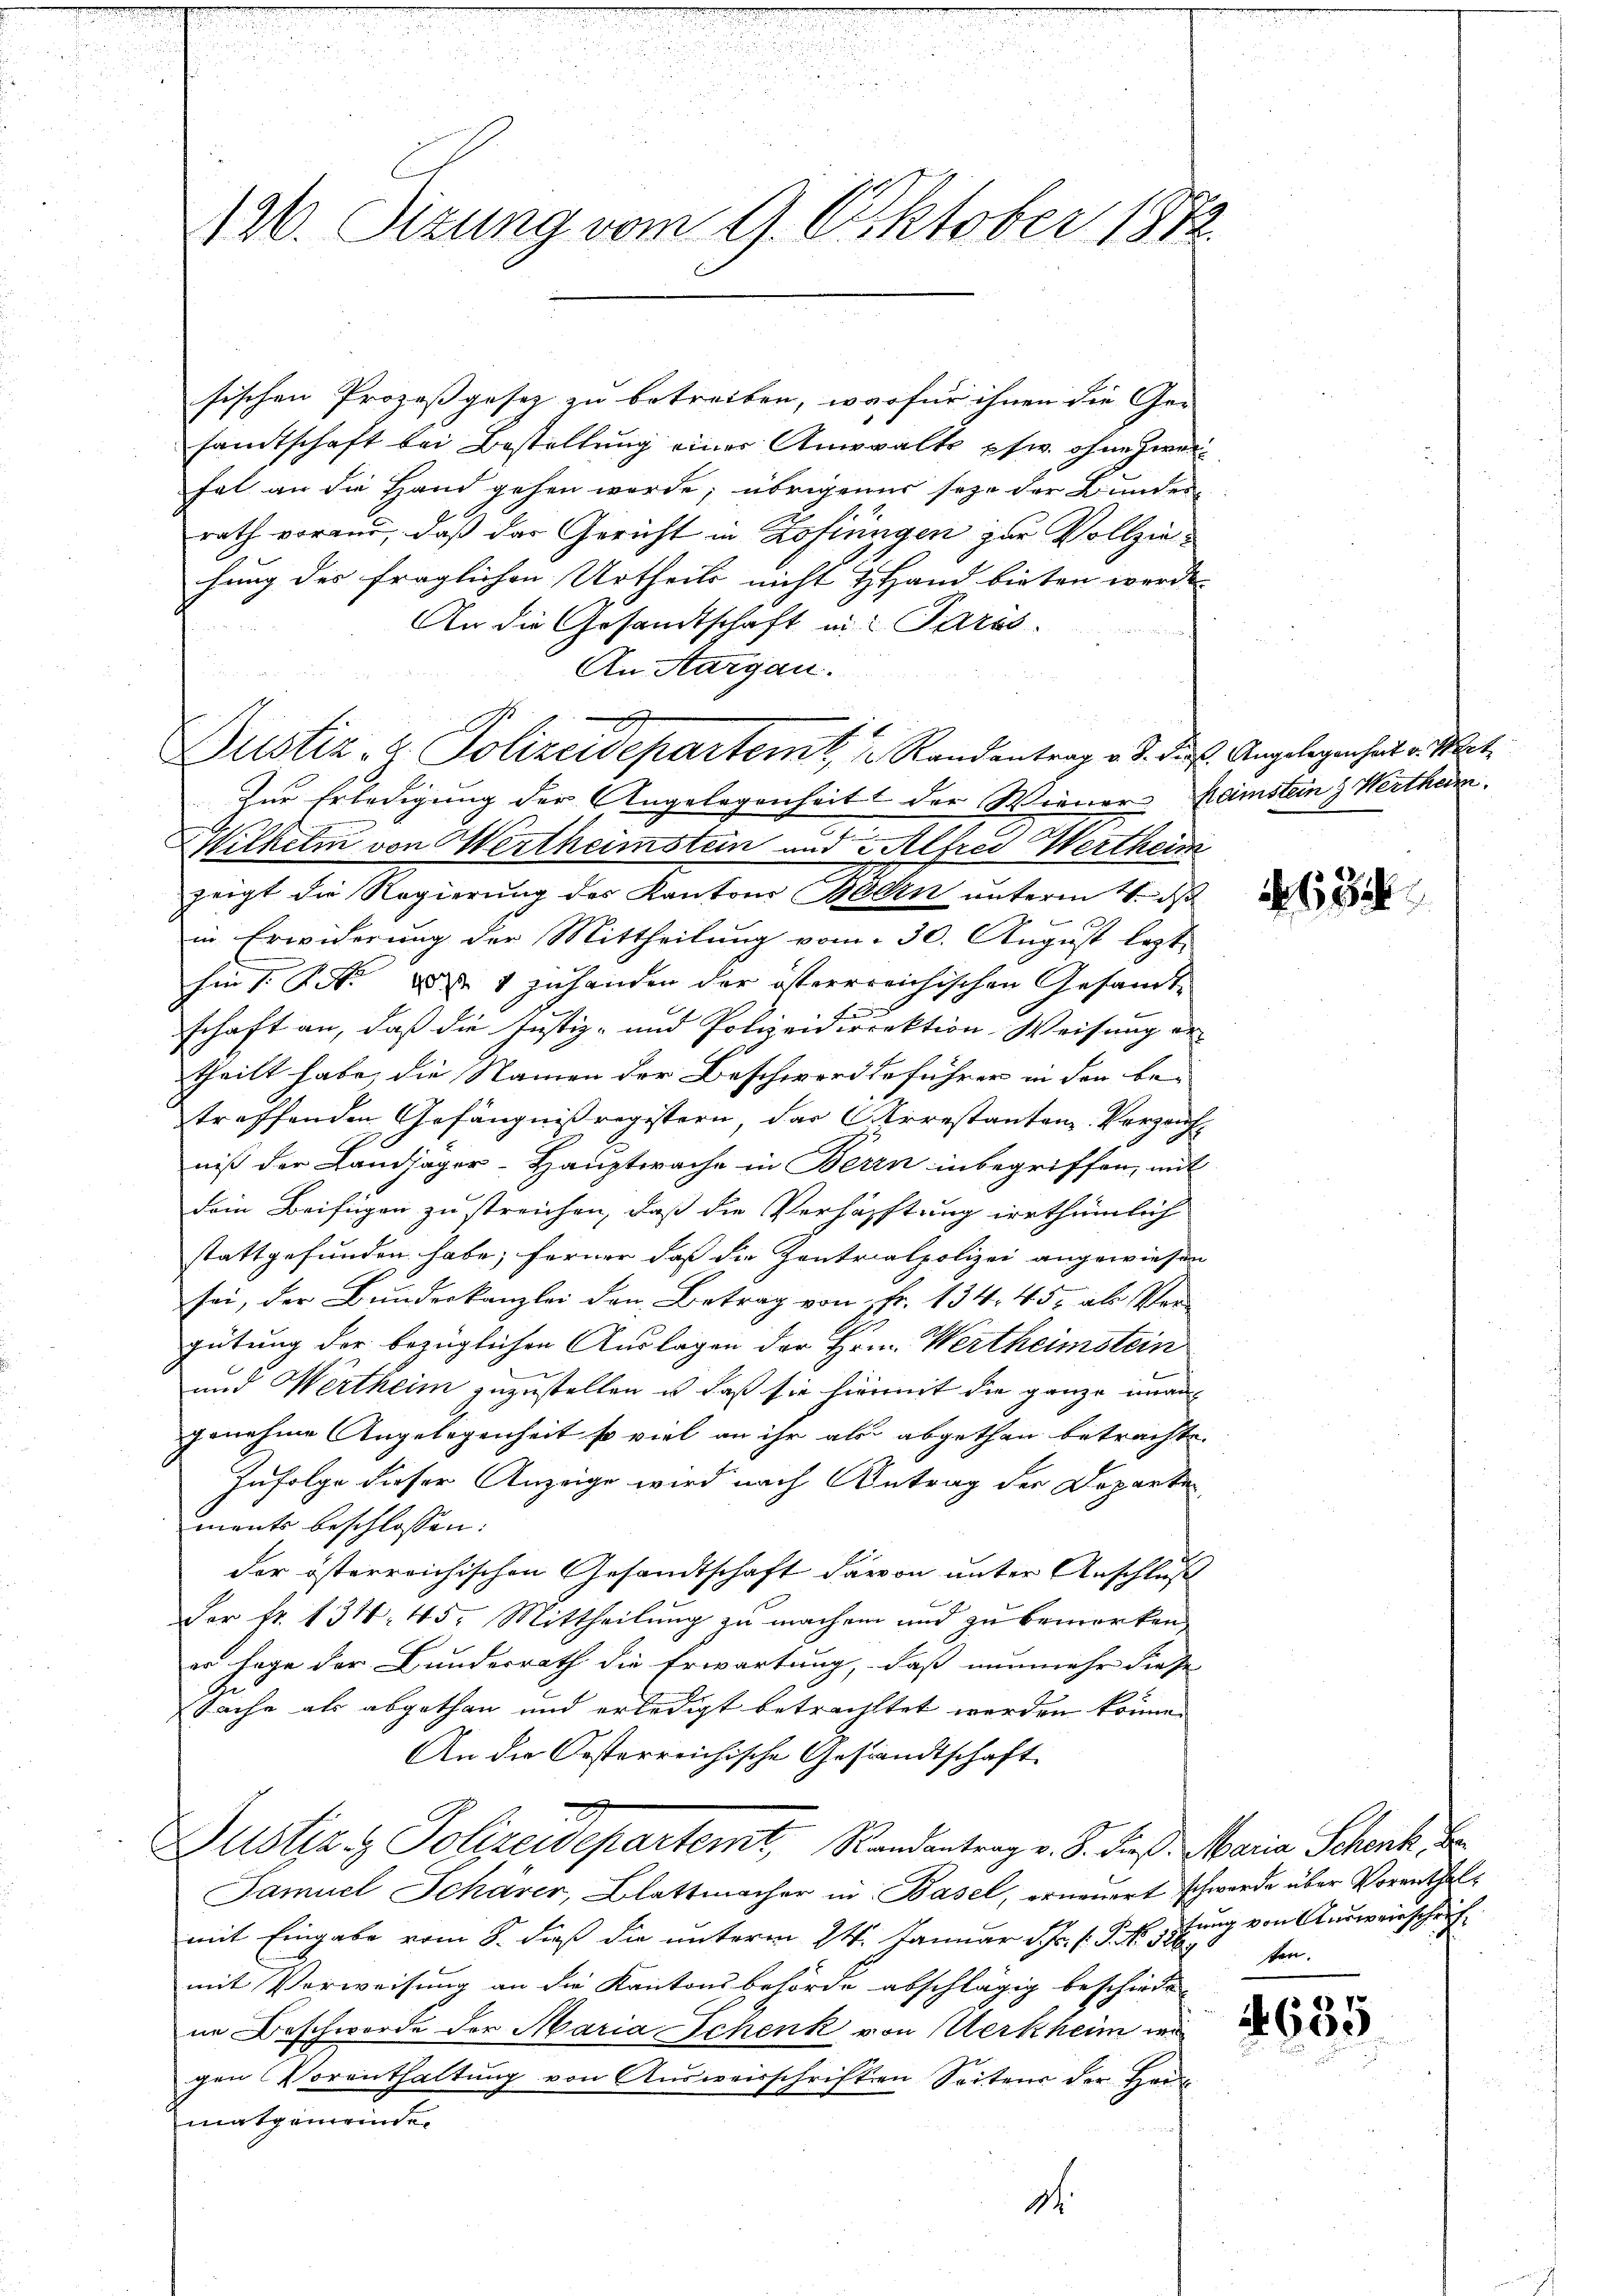
12. Sizung vom 9. Oktober 1872.

sischen Prozeßgesez zu betreiben, was für ihnen die Ge-
samtschaft bei Bestellung einer Anwalts pfw. ohne Zweihal an die Hand gehen werde; übrigenes seyn der Bundes
rath vorand, daß das Gericht in Zofinngen zur Vollziehung des fraglichen Urtheils nicht H. Hand bieten werde.
An die Gesandtschaft in Paris.
An Aargau.
u
Dustiz- u. Polizeidepartem, 1 Randantrag v. J. der Angelegenheit v. Mer
Zur Erledigung der Angelegenheit der Wiener-Ramstein Wertheim.
Wilhelm von Wertheimstein und 3 Alfred Wertheim
zeigt die Regierung des Kantons Ballen unterm 11. J
in Erwiderung der Mittheilung vom 30. August lezt
hin 1 S. Nr. 1 zuhanden der österrreichischen Gesandtschaft an, daß die Justiz- und Polizeidirektion, Weisung er-
theilt habe, die Namen der Beschwerdeführer in den betreffenden Gefängnisregistern, das Arrestanten. Verzauf
niß der Landjäger-Hauptwache in Berrn inbegriffen, mit
Dein Beifügen zu streichen, daß die Verfachtung irrthümlich
stattgefunden habe; ferner daß die Zentrialpolizei angewiesen
sei, der Bunderkanzlei den Betrag von fr. 134. 450 als Vorgütung der bezüglichen Auslagen der Hr. Wertheimstein
vemente ich ein
und Wertheim zuzustellen u. daß sie hiemit die ganze unangenehme Angelegenheit so viel an ihr als abgethan betrachte.
Infolge dieser Anzeige wird nach Antrag der Departen
ments beschlossen:
der österreichischen Gesandtschaft davon unter Anschluß
Fer Nr. 134. 45. Mittheilung zu machen und zu bemerken
er sage der Bundesrath die Erwartung, daß nunmehr diese
Sache als abgethan und erledigt betrachtet werden können
An die Oesterreichische Gesandtschaft
Justiz & Polizeidepartemt, Randantrag v. 8. dieß. Maria Schenk be
Samuel Schärer, Blattmacher in Basel, erneuert schwerde über Vorenthalmit Eingabe vom 8. dieß die unterm 24. Januar d.J. s. S. 4 stung von Ausweisschrifmit Vorweisung an die Kantonsbehörde abschlägig beschiede
ne Beschwerde der Maria Schenk von Merkheim we
gen Vorenthaltung von Ausweisschriften Seitens der Hau
matgemeinde.
d

163

ten.

635